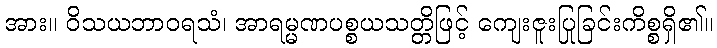
အား။ ဝိသယဘာဝရသံ၊ အာရမ္မဏပစ္စယသတ္တိဖြင့် ကျေးဇူးပြုခြင်းကိစ္စရှိ၏။